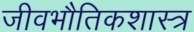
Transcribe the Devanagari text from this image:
जीवभौतिकशास्त्र